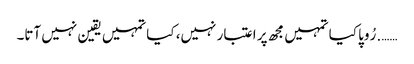
……. رُوپا کیا تمہیں مجھ پر اعتبار نہیں، کیا تمہیں یقین نہیں آتا۔